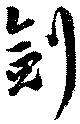
劍